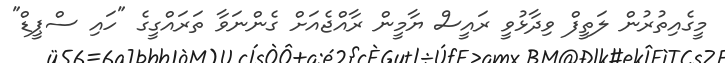
މީގެއިތުރުން ލަތީފް ވިދާޅުވީ ރައީސް ޔާމީން ރާއްޖެއަށް ގެންނަވާ ތަރައްގީގެ "ހައި ސްޕީޑް"